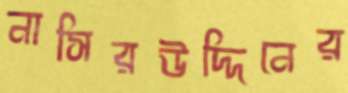
নাসিরউদ্দিনের